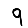
Digit: 9